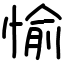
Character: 愉